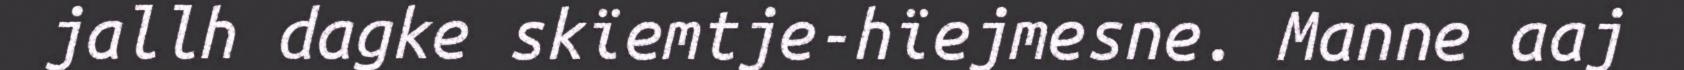
jallh dagke skïemtje-hïejmesne. Manne aaj